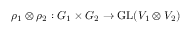
\rho _ { 1 } \otimes \rho _ { 2 } : G _ { 1 } \times G _ { 2 } \to { \mathrm { G L } } ( V _ { 1 } \otimes V _ { 2 } )